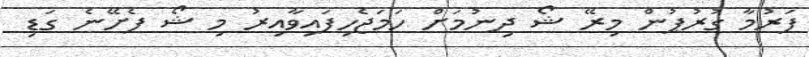
ފަރުމާ ގުރުޕުން މިރޭ ޝޯ ދިނުމަށް ހަމަޖެހިފައިވާއިރު މި ޝޯ ފެށޭނެ ގަޑި